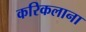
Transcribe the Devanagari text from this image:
करिकलाना